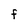
Character: f